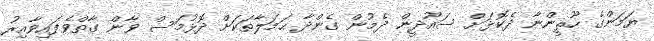
ޔަމަންގެ ހޫޘީންނާ ދެކޮޅަށް ސައޫދީން ދެމުން ގެންދާ ޙަމަލާތަކަށް ދޮޅުމަސް ވާން ގާތްވެފައިވާއިރު